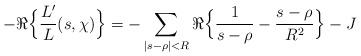
LaTeX: \begin{align*}-\Re \Big\{ \frac{L'}{L}(s,\chi) \Big\} = -\sum_{|s-\rho| < R} \Re\Big\{ \frac{1}{s-\rho} - \frac{s-\rho}{R^2} \Big\} - J\end{align*}